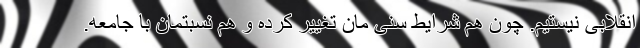
انقلابی نیستیم. چون هم شرایط سنی مان تغییر کرده و هم نسبتمان با جامعه.